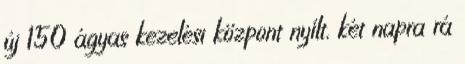
új 150 ágyas kezelési központ nyílt, két napra rá